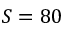
S = 8 0